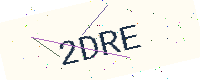
Text: 2DRE